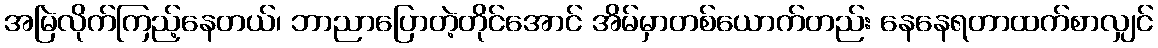
အမြဲလိုက်ကြည့်နေတယ်၊ ဘာညာပြောတဲ့တိုင်အောင် အိမ်မှာတစ်ယောက်တည်း နေနေရတာထက်စာလျှင်